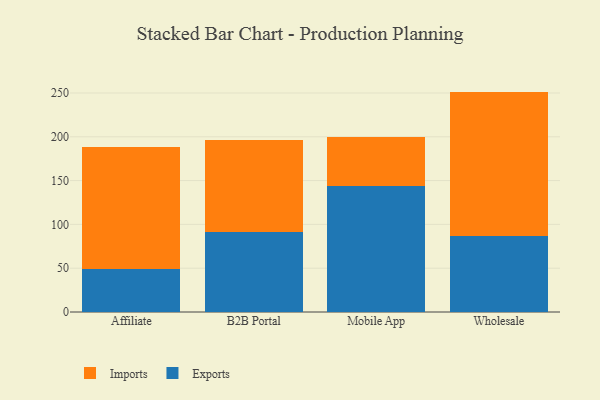
{"axis": {"x": "Channel", "y": "LTV (USD)"}, "legend": ["Exports", "Imports"], "data": [{"x": "Affiliate", "y": 49.2, "type": "Exports"}, {"x": "Affiliate", "y": 139.5, "type": "Imports"}, {"x": "B2B Portal", "y": 91.5, "type": "Exports"}, {"x": "B2B Portal", "y": 105.3, "type": "Imports"}, {"x": "Mobile App", "y": 144.0, "type": "Exports"}, {"x": "Mobile App", "y": 55.7, "type": "Imports"}, {"x": "Wholesale", "y": 87.0, "type": "Exports"}, {"x": "Wholesale", "y": 164.6, "type": "Imports"}]}